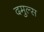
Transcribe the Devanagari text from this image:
दमुल्स